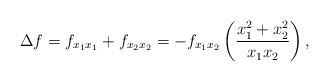
\begin{align*} \Delta f=f_{x_1x_1}+ f_{x_2x_2}=-f_{x_1 x_2}\left(\frac{x_1^2+x_2^2}{x_1 x_2}\right),\end{align*}